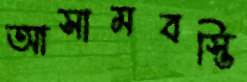
আসামবস্তি